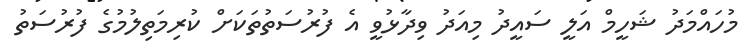
މުހައްމަދު ޝަހީމް އަލީ ސައީދު މިއަދު ވިދާޅުވީ އެ ފުރުސަތުތަކަށް ކުރިމަތިލުމުގެ ފުރުސަތު